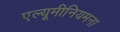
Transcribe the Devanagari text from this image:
एल्यूमीनियमना